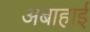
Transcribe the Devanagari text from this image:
अबाहाई